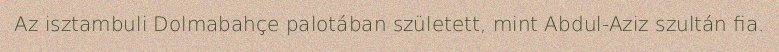
Az isztambuli Dolmabahçe palotában született, mint Abdul-Aziz szultán fia.